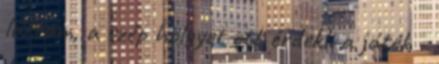
láttam, a szép hölgyet ott érdekli a játék -